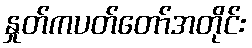
နှုတ်ကပတ်တော်အတိုင်း